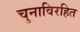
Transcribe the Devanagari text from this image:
चुनाविरहित